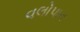
વલોપાત